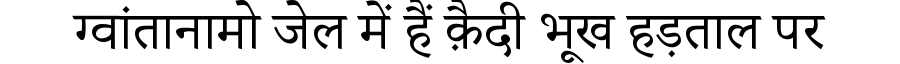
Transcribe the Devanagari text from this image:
ग्वांतानामो जेल में हैं क़ैदी भूख हड़ताल पर